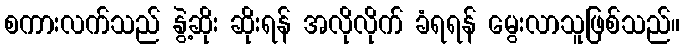
စကားလက်သည် နွဲ့ဆိုး ဆိုးရန် အလိုလိုက် ခံရရန် မွေးလာသူဖြစ်သည်။